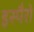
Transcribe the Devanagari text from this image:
इस्पैरो